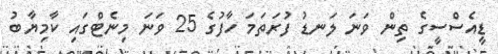
ޑީއެސްސީގެ ތިން ވަނަ ލަނޑު ފުރަތަމަ ހާފުގެ 25 ވަނަ މިނެޓްގައި ކާމިޔާބު